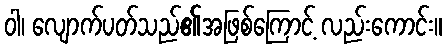
ဝါ၊ လျောက်ပတ်သည်၏အဖြစ်ကြောင့် လည်းကောင်း။